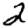
Digit: 2